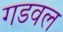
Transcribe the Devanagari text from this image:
गडवल